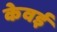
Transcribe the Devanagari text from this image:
केवई